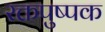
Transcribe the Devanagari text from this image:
रक्तपुष्पक